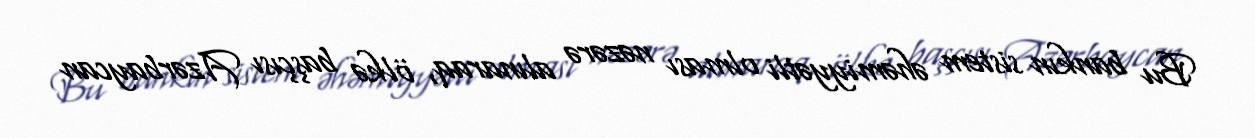
Bu bankın sistem əhəmiyyətli olması nəzərə alınaraq, ölkə başçısı Azərbaycan